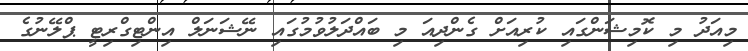
މިއަދު މި ކޮމިޝަންގައި ކުރިއަށް ގެންދިއަ މި ބައްދަލުވުމުގައި ނޭޝަނަލް އިންޓިގްރިޓީ ޕްލޭނުގެ